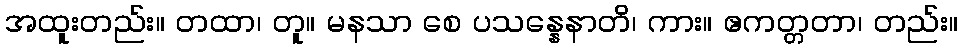
အထူးတည်း။ တထာ၊ တူ။ မနသာ စေ ပသန္နေနာတိ၊ ကား။ ဧကတ္တတာ၊ တည်း။